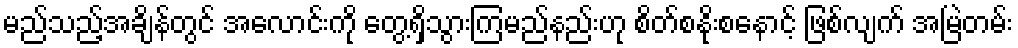
မည်သည့်အချိန်တွင် အလောင်းကို တွေ့ရှိသွားကြမည်နည်းဟု စိတ်စနိုးစနောင့် ဖြစ်လျက် အမြဲတမ်း